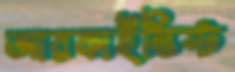
আরকাইভিস্ট